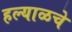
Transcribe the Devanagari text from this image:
हल्याळचे